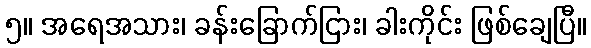
၅။ အရေအသား၊ ခန်းခြောက်ငြား၊ ခါးကိုင်း ဖြစ်ချေပြီ။